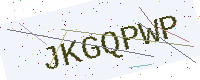
Text: JKGQPWP